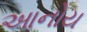
આનોય